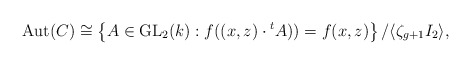
\begin{align*}\mathrm{Aut}(C) \cong \left\{ A \in \mathrm{GL}_2(k) : f((x,z)\cdot {}^t A)) = f(x,z) \right\}/ \langle\zeta_{g+1}I_2 \rangle,\end{align*}